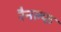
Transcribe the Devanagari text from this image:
रैनल्फ